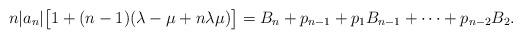
LaTeX: \begin{align*}n|a_n|\big[1+(n-1)(\lambda-\mu+n\lambda\mu)\big]= B_n+p_{n-1}+p_1B_{n-1}+\cdots+p_{n-2}B_2.\end{align*}